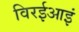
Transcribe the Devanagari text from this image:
विरईआइं